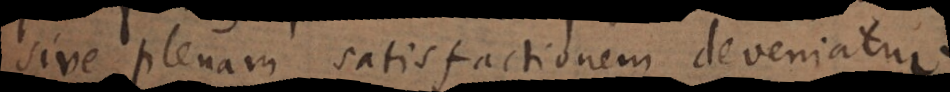
sive plenam satisfactionem deveniatur.